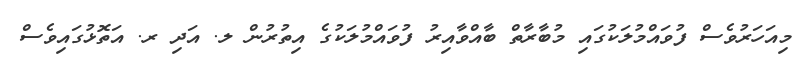
މިއަހަރުވެސް ފުވައްމުލަކުގައި މުބާރާތް ބާއްވާއިރު ފުވައްމުލަކުގެ އިތުރުން ލ. އަދި ރ. އަތޮޅުގައިވެސް